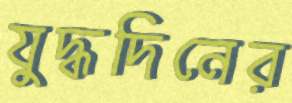
যুদ্ধদিনের